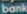
bank